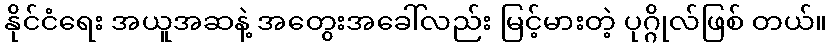
နိုင်ငံရေး အယူအဆနဲ့ အတွေးအခေါ်လည်း မြင့်မားတဲ့ ပုဂ္ဂိုလ်ဖြစ် တယ်။